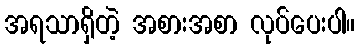
အရသာရှိတဲ့ အစားအစာ လုပ်ပေးပါ။